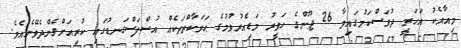
މިއާއެކު އަހަރީ ދުވަސްކަމުގައިވާ 26 ޖޫންގެ ހަވީރު މަޑިއެރުވުމުގެ ޙަރަކާތްތަކެއް އުސްފަސްގަނޑުގައި ކުރިއަށްގެންދެވޭނެއެވެ.